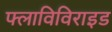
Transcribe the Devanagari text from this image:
फ्लाविविराइड